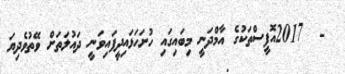
-  2017އޮފީސްތަކުގެ އާމްދަނީ މިބައިގައި ހުށަހަޅައިދީފައިވަނީ ދައުލަތަށް ވޭތުވެދިޔަ